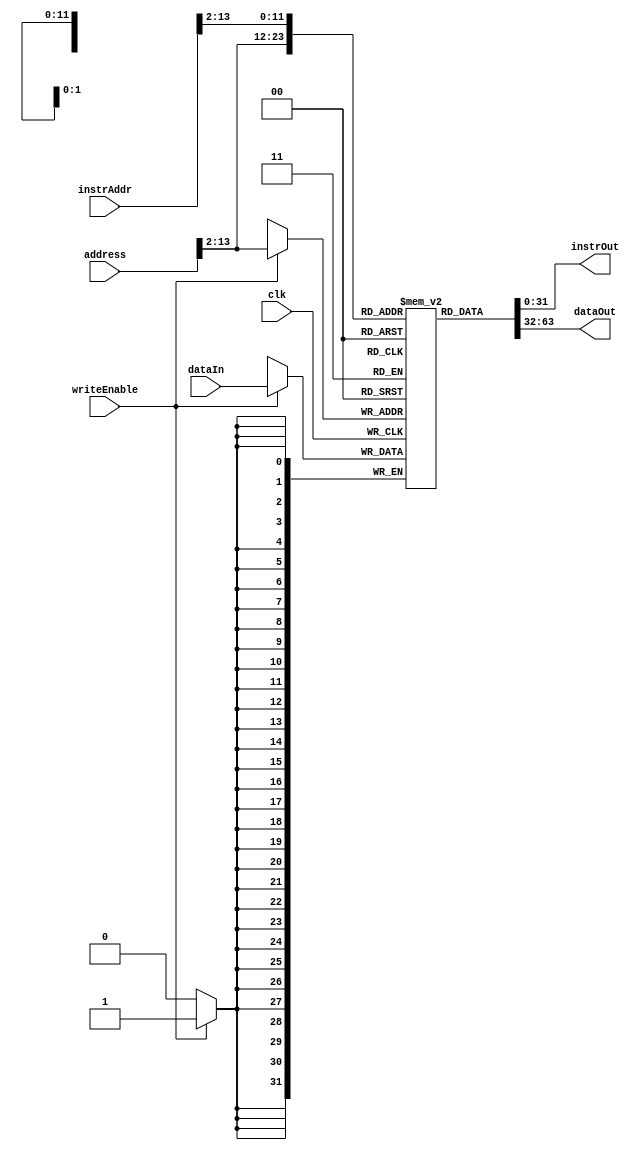
//------------------------------------------------------------------------
// Data Memory
//   Positive edge triggered
//   dataOut always has the value mem[address]
//   If writeEnable is true, writes dataIn to mem[address]
//------------------------------------------------------------------------

module datamemory
#(
    parameter addresswidth  = 32,
    parameter indexwidth    = 12,
    parameter depth         = 2**indexwidth,
    parameter width         = 32
)
(
    input 		                  clk,
    output  [width-1:0]      instrOut,
    output  [width-1:0]      dataOut,
    input [addresswidth-1:0]    instrAddr,
    input [addresswidth-1:0]    address,
    input                       writeEnable,
    input [width-1:0]           dataIn
);

  // translate from MIPS byte address (32bits) to
  // verilog word array index
  wire [indexwidth-1:0] index, instrindex;
  assign index = address[indexwidth+1:2];
  assign instrindex = instrAddr[indexwidth+1:2];

    reg [width-1:0] memory [depth-1:0];
    assign dataOut = memory[index];
    assign instrOut = memory[instrindex];

    always @(posedge clk) begin
        if(writeEnable)
            memory[index] <= dataIn;
    end

endmodule